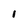
Character: i